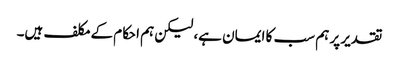
تقدیر پر ہم سب کا ایمان ہے، لیکن ہم احکام کے مکلف ہیں۔